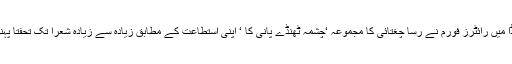
یہی وجہ تھی کہ کینیڈا میں رائٹرز فورم نے رسا چغتائی کا مجموعہ ‘چشمہ ٹھنڈے پانی کا ‘ اپنی استطاعت کے مطابق زیادہ سے زیادہ شعرا تک تحفتاً پہنچانے کی کوشش کی۔